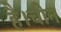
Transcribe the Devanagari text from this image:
है।चीन